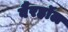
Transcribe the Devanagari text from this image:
वैरहॉल